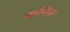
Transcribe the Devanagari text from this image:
मडस्किपर